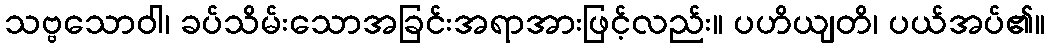
သဗ္ဗသောဝါ၊ ခပ်သိမ်းသောအခြင်းအရာအားဖြင့်လည်း။ ပဟိယျတိ၊ ပယ်အပ်၏။